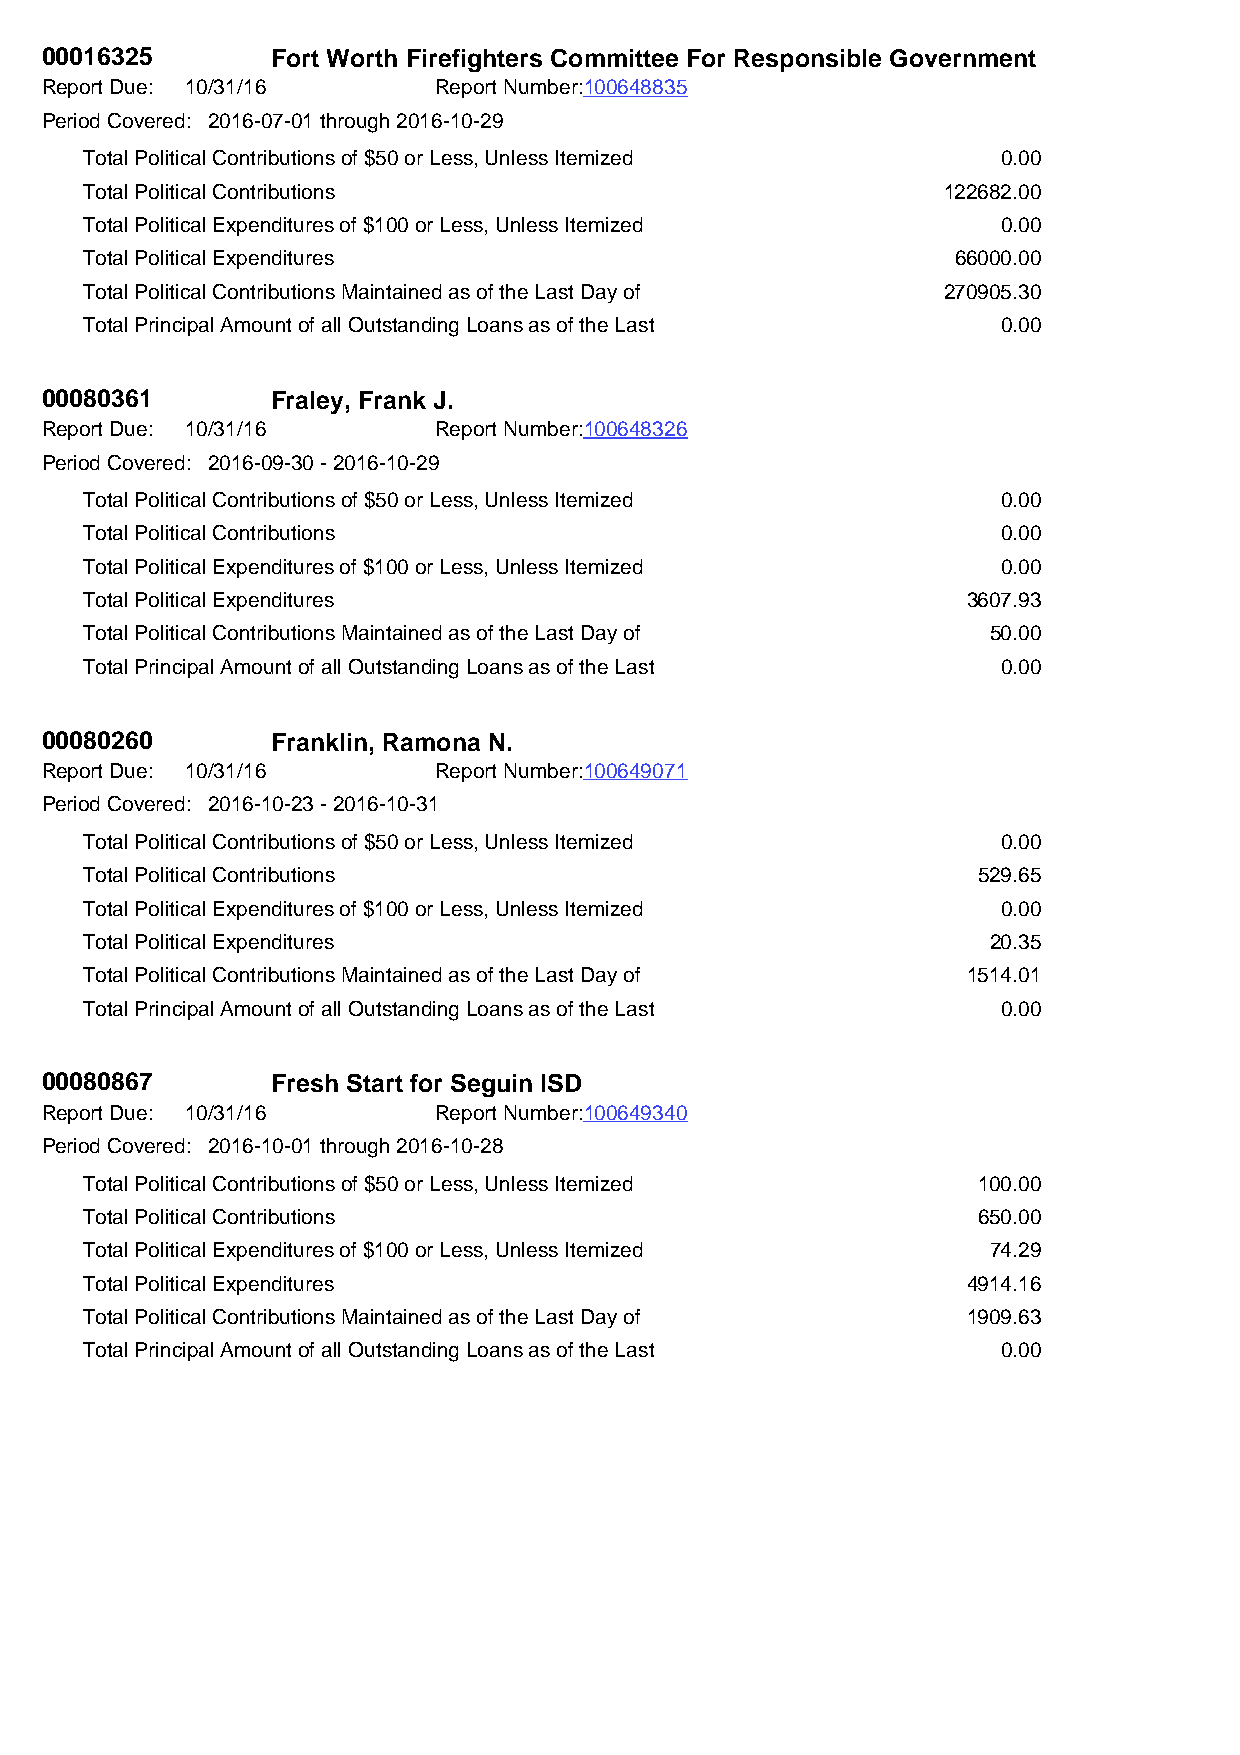
00016325       Fort Worth Firefighters Committee For Responsible Government
 Report Due: 10/31/16      Report Number:100648835
 Period Covered: 2016-07-01 through 2016-10-29
 Total Political Contributions of $50 or Less, Unless Itemized 0.00
 Total Political Contributions                           122682.00
 Total Political Expenditures of $100 or Less, Unless Itemized 0.00
 Total Political Expenditures                             66000.00
 Total Political Contributions Maintained as of the Last Day of 270905.30
 Total Principal Amount of all Outstanding Loans as of the Last 0.00
 00080361       Fraley, Frank J.
 Report Due: 10/31/16      Report Number:100648326
 Period Covered: 2016-09-30 - 2016-10-29
 Total Political Contributions of $50 or Less, Unless Itemized 0.00
 Total Political Contributions                               0.00
 Total Political Expenditures of $100 or Less, Unless Itemized 0.00
 Total Political Expenditures                              3607.93
 Total Political Contributions Maintained as of the Last Day of 50.00
 Total Principal Amount of all Outstanding Loans as of the Last 0.00
 00080260       Franklin, Ramona N.
 Report Due: 10/31/16      Report Number:100649071
 Period Covered: 2016-10-23 - 2016-10-31
 Total Political Contributions of $50 or Less, Unless Itemized 0.00
 Total Political Contributions                              529.65
 Total Political Expenditures of $100 or Less, Unless Itemized 0.00
 Total Political Expenditures                                20.35
 Total Political Contributions Maintained as of the Last Day of 1514.01
 Total Principal Amount of all Outstanding Loans as of the Last 0.00
 00080867       Fresh Start for Seguin ISD
 Report Due: 10/31/16      Report Number:100649340
 Period Covered: 2016-10-01 through 2016-10-28
 Total Political Contributions of $50 or Less, Unless Itemized 100.00
 Total Political Contributions                              650.00
 Total Political Expenditures of $100 or Less, Unless Itemized 74.29
 Total Political Expenditures                              4914.16
 Total Political Contributions Maintained as of the Last Day of 1909.63
 Total Principal Amount of all Outstanding Loans as of the Last 0.00